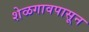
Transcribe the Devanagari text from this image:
शेळगावपासून